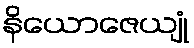
နိယောဇေယျုံ